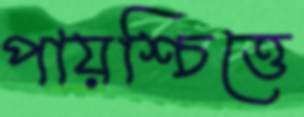
পায়শ্চিত্তে